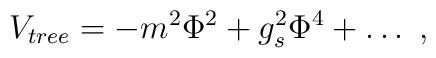
V_{\small{tree}} =-m^2 \Phi^2 + g_s^2 \Phi^4 +\dots~,